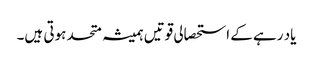
یاد رہے کے استحصالی قوتیں ہمیشہ متحد ہوتی ہیں۔